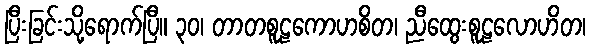
ပြီးခြင်းသို့ရောက်ပြီ။ ၃၀၊ တာတစူဠကောဟစိတ၊ ညီထွေးစူဠလောဟိတ၊